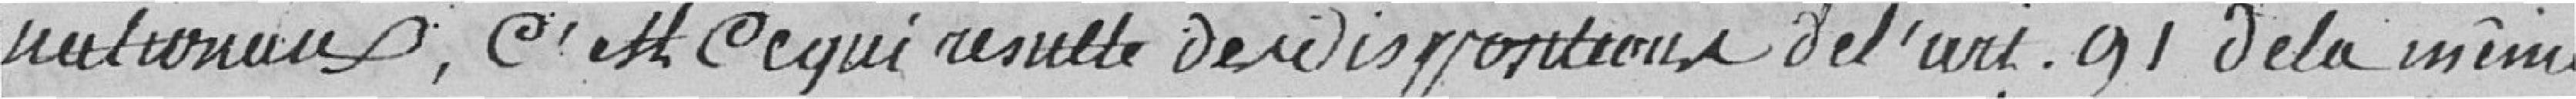
nationaux, c'est ce qui résulte des dispositions de l'art. 91 de la même